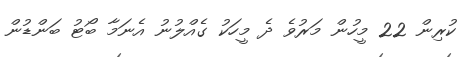
ކުރިން 22 މީހުން މަރުވެ ދެ މީހަކު ގެއްލުނު އެނަމާ ބޯޓު ބަންޑުން